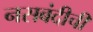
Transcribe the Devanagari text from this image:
नसबंदीची